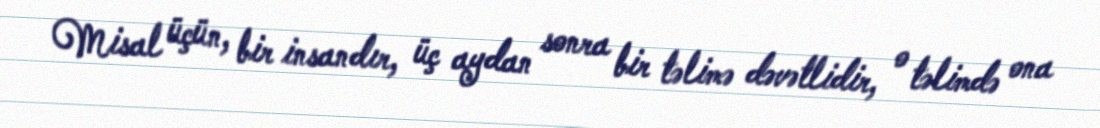
Misal üçün, bir insandır, üç aydan sonra bir təlimə dəvətlidir, o təlimdə ona